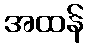
အထန်